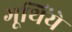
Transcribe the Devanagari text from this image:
गूथिंये